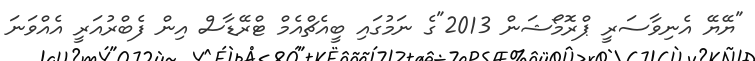
"ޔޭޔޭ އެނިވާސަރީ ޕްރޮމޯޝަން 2013"ގެ ނަމުގައި ބީއެޗްއެމް ޓްރޭޑާސް އިން ފެބްރުއަރީ އެއްވަނަ